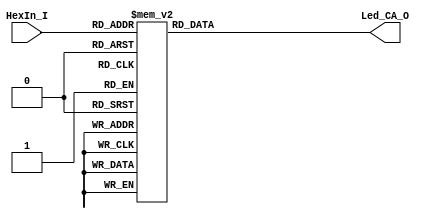
`timescale 1ns / 1ps
//////////////////////////////////////////////////////////////////////////////////
// Company: 
// Engineer: 
// 
// Design Name: 
// Module Name: 7SegDecode
// Project Name: 
// Target Devices: 
// Tool Versions: 
// Description: 
// 
// Dependencies: 
// 
// Revision:
// Revision 0.01 - File Created
// Additional Comments:
// 
//////////////////////////////////////////////////////////////////////////////////

// SevenSegDecode SwitchDecode (.HexIn_I (), .Led_CA_O());
//
//
module SevenSegDecode(
   input [3:0] HexIn_I,
   output reg [7:0] Led_CA_O  //
    
    );
    
    always @ (*)
   
     case (HexIn_I)
     //   Hex Decoder for common anode 7 seg LED Invert 8 bit case for Cathode
     //   Bit Arrangment 0 top(A) 1 RT(B) 2 RB(C) 3 B(D) 
     //   4 LB(E) 5 LT(F) 6 (G) 7 Decimal (DP)             
     // 4'h2: Led_AN_O[7:0] = 8'b1xxxxxxx; //
     //                      dpgfedcba 
     4'h0: Led_CA_O[7:0] = 8'b11000000; // 0 
     4'h1: Led_CA_O[7:0] = 8'b11111001; // 1
     4'h2: Led_CA_O[7:0] = 8'b10100100; // 2         
     4'h3: Led_CA_O[7:0] = 8'b10110000; // 3
     4'h4: Led_CA_O[7:0] = 8'b10011001; // 4
     4'h5: Led_CA_O[7:0] = 8'b10010010; // 5
     4'h6: Led_CA_O[7:0] = 8'b10000010; // 6
     4'h7: Led_CA_O[7:0] = 8'b11111000; // 7
     4'h8: Led_CA_O[7:0] = 8'b10000000; // 8
     4'h9: Led_CA_O[7:0] = 8'b10010000; // 9
     4'hA: Led_CA_O[7:0] = 8'b10001000; // A
     4'hB: Led_CA_O[7:0] = 8'b10000011; // B
     4'hC: Led_CA_O[7:0] = 8'b10100111; // C 
     4'hD: Led_CA_O[7:0] = 8'b10100001; // D
     4'hE: Led_CA_O[7:0] = 8'b10000110; // E
     4'hF: Led_CA_O[7:0] = 8'b10001110; // F
     default: Led_CA_O[7:0] = 8'b11111111; // Blank
     endcase
    
    
endmodule